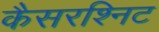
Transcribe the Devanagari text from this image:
कैसरश्निट